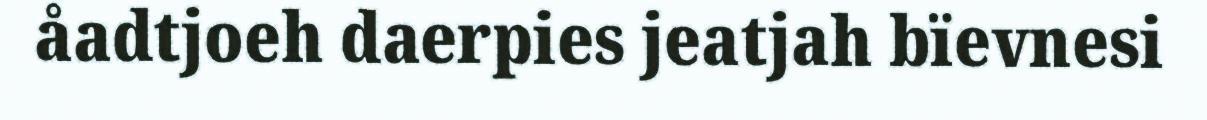
åadtjoeh daerpies jeatjah bïevnesi